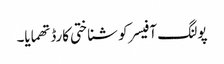
پولنگ آفیسر کو شناختی کارڈ تھمایا۔